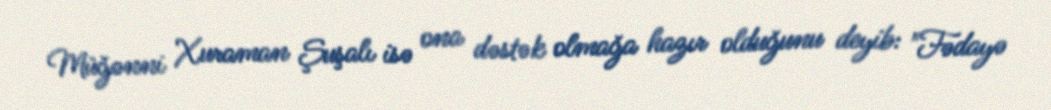
Müğənni Xuraman Şuşalı isə ona dəstək olmağa hazır olduğunu deyib: "Fədayə